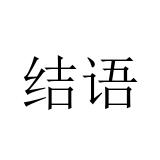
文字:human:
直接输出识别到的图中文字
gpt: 结语